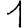
Digit: 1